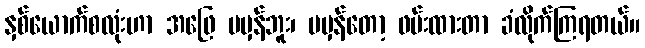
နှစ်ယောက်စလုံးဟာ အဖြေ မမှန်ဘူး၊ မမှန်တော့ ဖမ်းထားတာ ခံလိုက်ကြရတယ်။